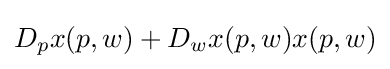
D_{p}x(p,w)+D_{w}x(p,w)x(p,w)